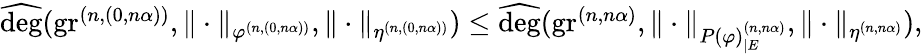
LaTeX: \begin{array}{r}{\widehat{\deg}(\operatorname{gr}^{(n,(0,n\alpha))},\| \cdot\| _{\varphi^{(n,(0,n\alpha))}},\| \cdot\| _{\eta^{(n,(0,n\alpha))}})\leq\widehat{\deg}(\operatorname{gr}^{(n,n\alpha)},\| \cdot\| _{P(\varphi)_{|E}^{(n,n\alpha)}},\| \cdot\| _{\eta^{(n,n\alpha)}}),}\end{array}